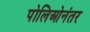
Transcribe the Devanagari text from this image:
पोलिओनंतर